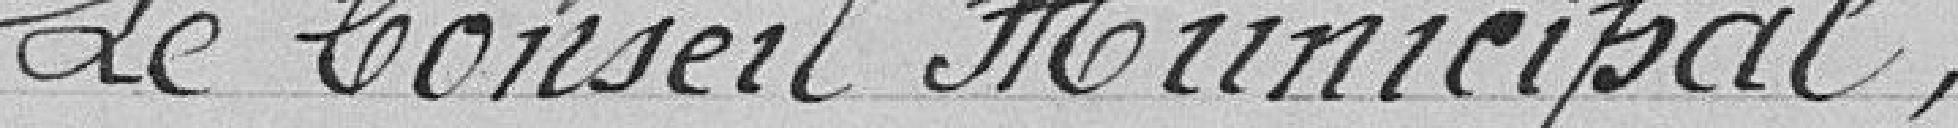
Le conseil municipal,